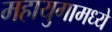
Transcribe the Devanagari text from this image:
महायुगामध्ये